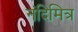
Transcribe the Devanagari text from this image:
नंदिमित्र